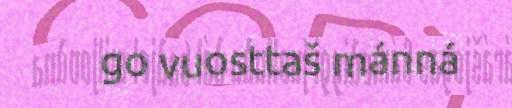
go vuosttaš mánná